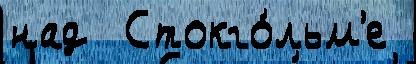
над  Стокго́льм'е